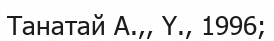
Танатай А.,, Ү., 1996;